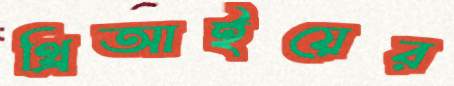
থ্রিআইয়ের